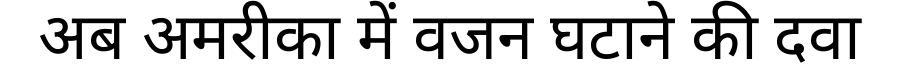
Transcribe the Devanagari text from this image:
अब अमरीका में वजन घटाने की दवा